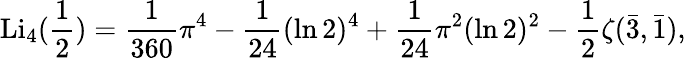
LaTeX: \operatorname{Li}_{4}({\frac{1}{2}})={\frac{1}{360}}\pi^{4}-{\frac{1}{24}}(\ln 2)^{4}+{\frac{1}{24}}\pi^{2}(\ln 2)^{2}-{\frac{1}{2}}\zeta({\bar{3}},{\bar{1}}),